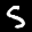
Label: 5